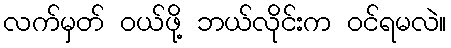
လက်မှတ် ဝယ်ဖို့ ဘယ်လိုင်းက ဝင်ရမလဲ။